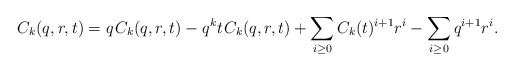
\begin{align*}C_k(q,r,t) = q \kern+1pt C_k(q,r,t) - q^k t \kern+1pt C_k(q,r,t) + \sum_{i \geq 0} C_k(t)^{i+1} r^i - \sum_{i \geq 0} q^{i+1} r^i.\end{align*}